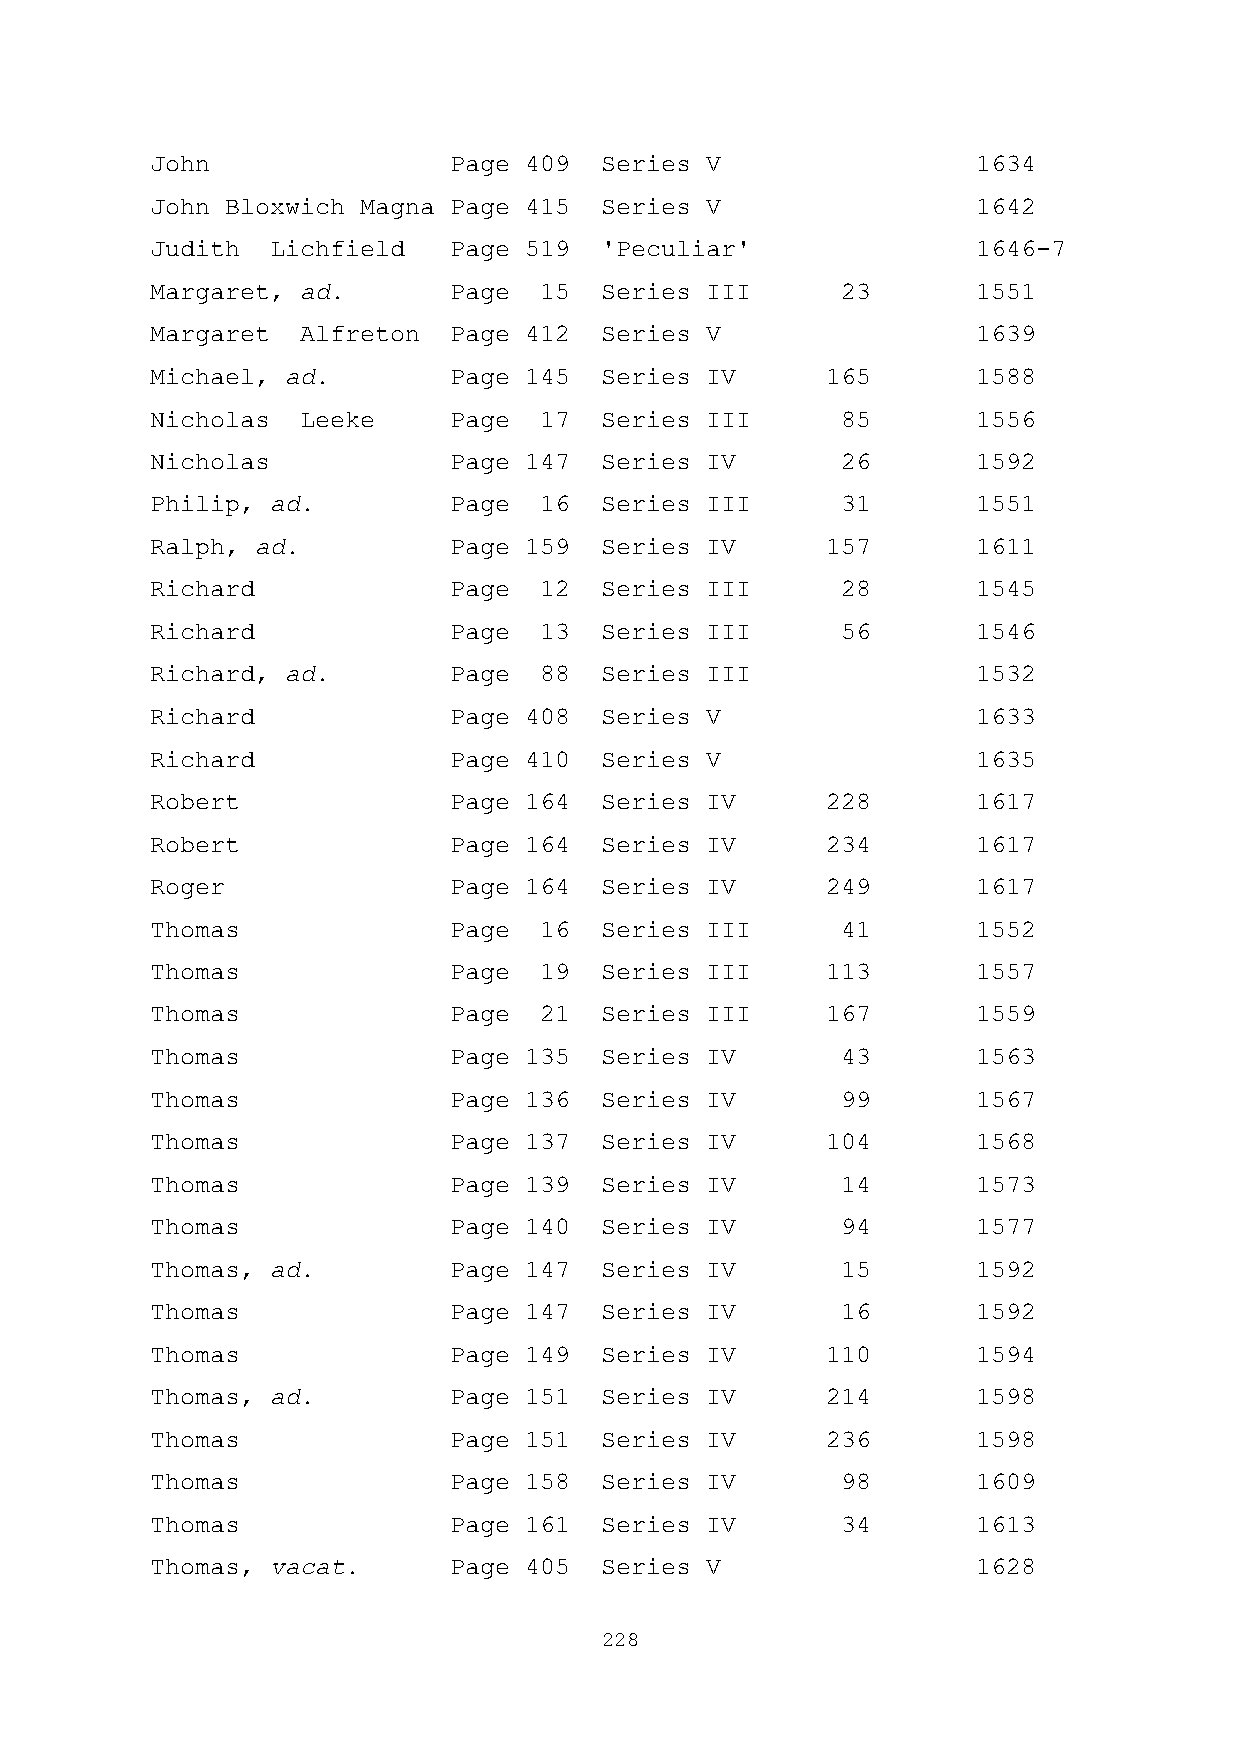
John                Page 409  Series V                 1634
 John Bloxwich Magna Page 415  Series V                 1642
 Judith  Lichfield   Page 519  'Peculiar'               1646-7
 Margaret, ad.       Page  15  Series III      23       1551
 Margaret  Alfreton  Page 412  Series V                 1639
 Michael, ad.        Page 145  Series IV      165       1588
 Nicholas  Leeke     Page  17  Series III      85       1556
 Nicholas            Page 147  Series IV       26       1592
 Philip, ad.         Page  16  Series III      31       1551
 Ralph, ad.          Page 159  Series IV      157       1611
 Richard             Page  12  Series III      28       1545
 Richard             Page  13  Series III      56       1546
 Richard, ad.        Page  88  Series III               1532
 Richard             Page 408  Series V                 1633
 Richard             Page 410  Series V                 1635
 Robert              Page 164  Series IV      228       1617
 Robert              Page 164  Series IV      234       1617
 Roger               Page 164  Series IV      249       1617
 Thomas              Page  16  Series III      41       1552
 Thomas              Page  19  Series III     113       1557
 Thomas              Page  21  Series III     167       1559
 Thomas              Page 135  Series IV       43       1563
 Thomas              Page 136  Series IV       99       1567
 Thomas              Page 137  Series IV      104       1568
 Thomas              Page 139  Series IV       14       1573
 Thomas              Page 140  Series IV       94       1577
 Thomas, ad.         Page 147  Series IV       15       1592
 Thomas              Page 147  Series IV       16       1592
 Thomas              Page 149  Series IV      110       1594
 Thomas, ad.         Page 151  Series IV      214       1598
 Thomas              Page 151  Series IV      236       1598
 Thomas              Page 158  Series IV       98       1609
 Thomas              Page 161  Series IV       34       1613
 Thomas, vacat.      Page 405  Series V                 1628
 228